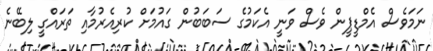
ނަމަވެސް އެމްޑީޕީން ވެސް ވަނީ އެކަމުގެ ސަބަބުން ގައުމަށް ކުރިއެރުމާއި ތަރައްގީ ލިބޭނެ